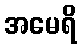
အမေရိ